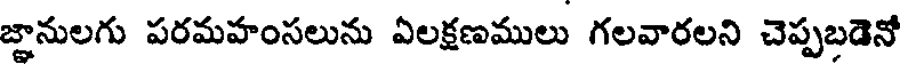
జ్ఞానులగు పరమహంసలును ఏలక్షణములు గలవారలని చెప్పబడెనో